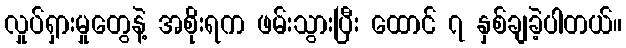
လှုပ်ရှားမှုတွေနဲ့ အစိုးရက ဖမ်းသွားပြီး ထောင် ၇ နှစ်ချခဲ့ပါတယ်။